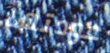
عودتها